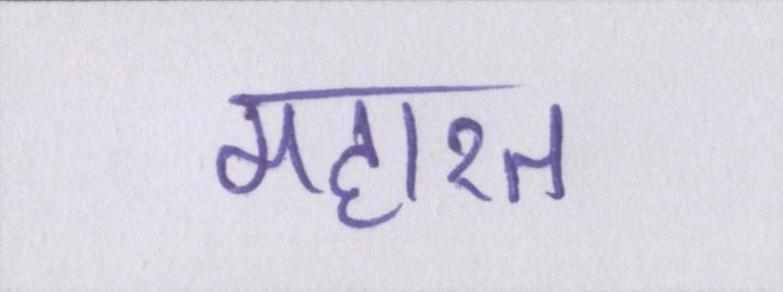
महारत